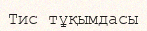
Тис тұқымдасы